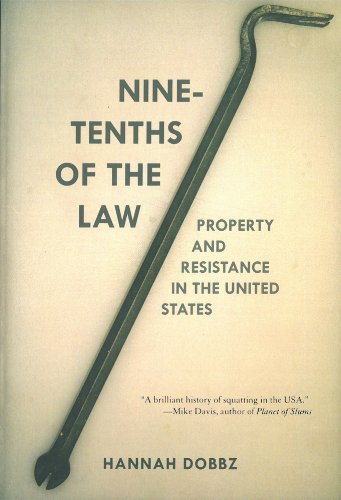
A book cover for Nine-tenths of the Law: Property and Resistance in the United States; Hannah Dobbz; Law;